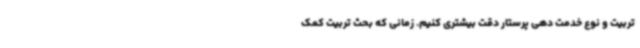
تربیت و نوع خدمت دهی پرستار دقت بیشتری کنیم. زمانی که بحث تربیت کمک